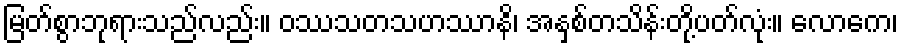
မြတ်စွာဘုရားသည်လည်း။ ဝဿသတသဟဿာနိ၊ အနှစ်တသိန်းတို့ပတ်လုံး။ လောကေ၊